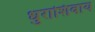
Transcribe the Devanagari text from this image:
धुराशिवाय